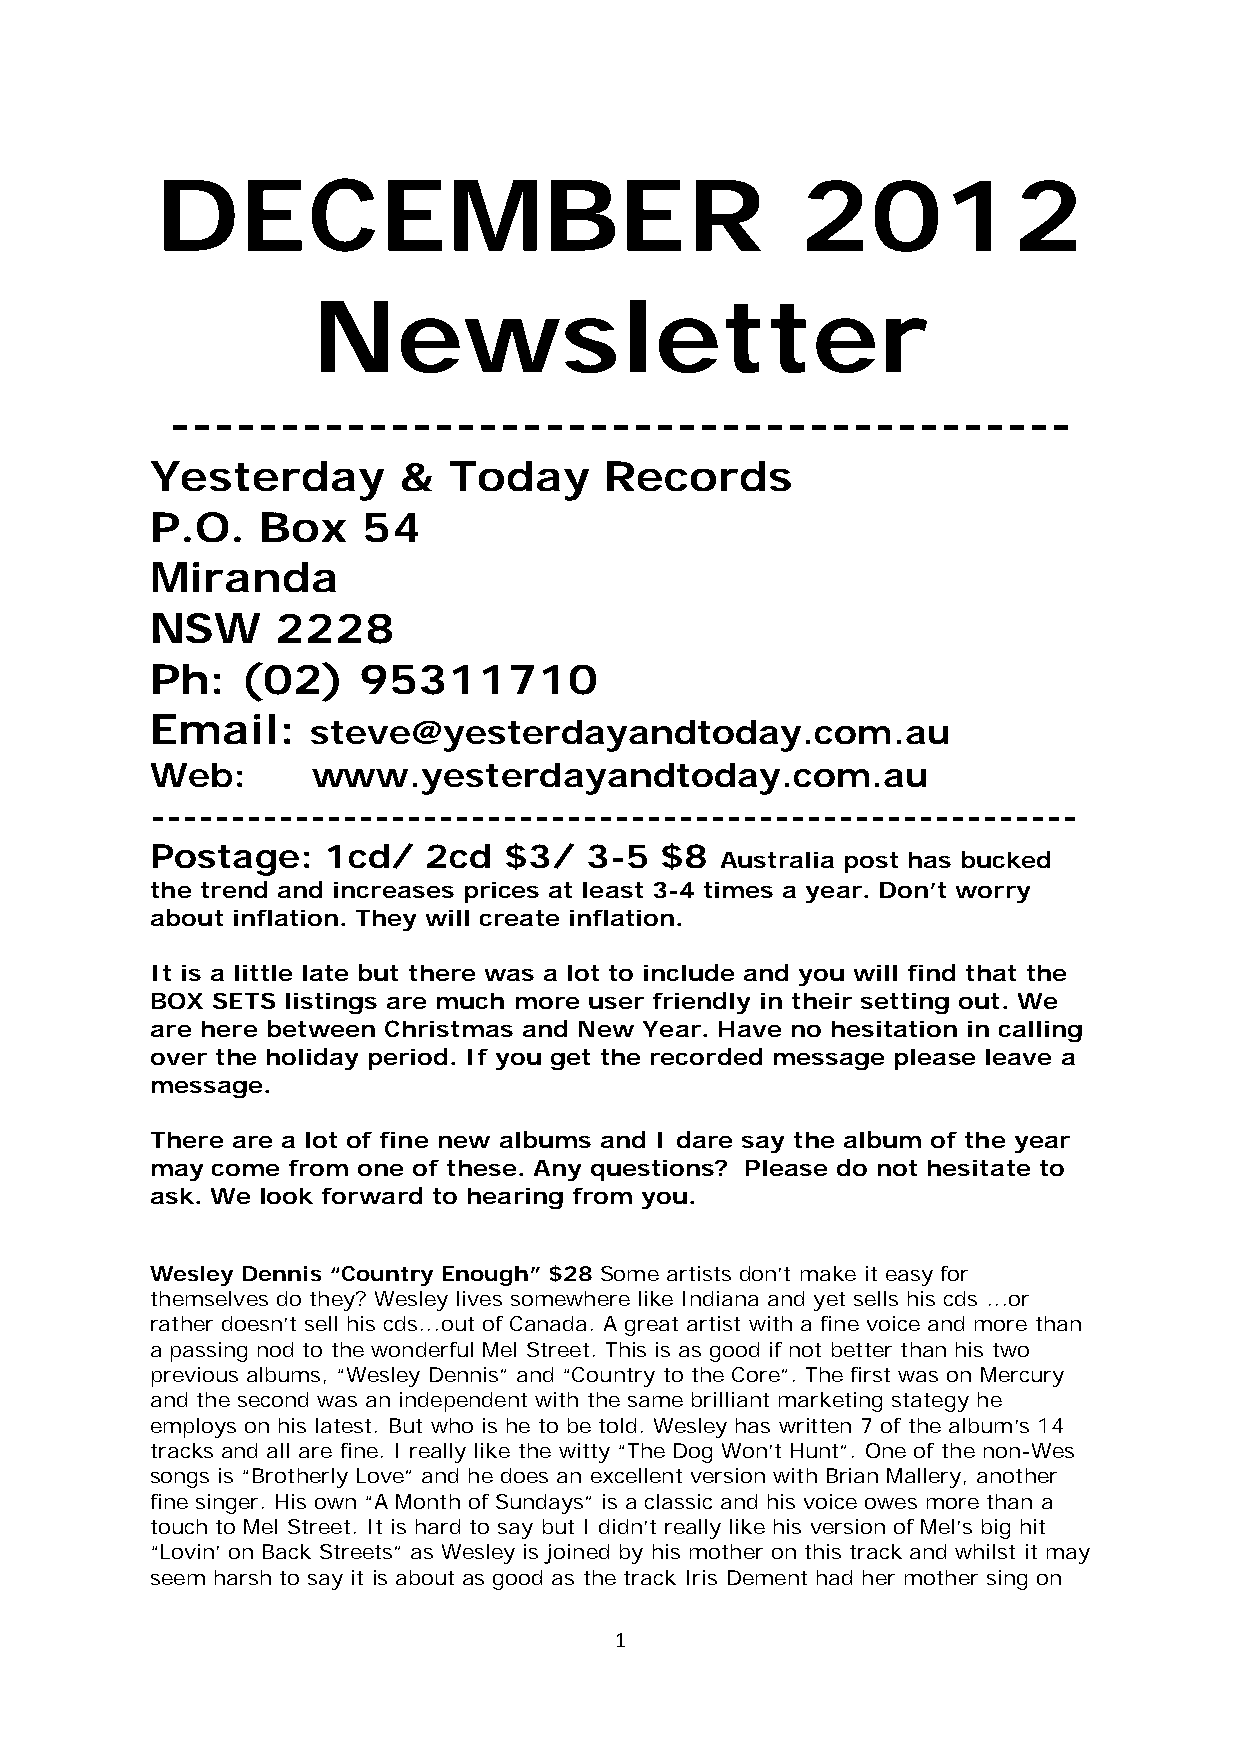
DECEMBER                                   2012
 Newsletter
 -----------------------------------------
 Yesterday       &   Today     Records
 P.O.   Box    54
 Miranda
 NSW     2228
 Ph:   (02)    95311710
 Email:     steve@yesterdayandtoday.com.au
 Web:       www.yesterdayandtoday.com.au
 ----------------------------------------------------------
 Postage:    1cd/  2cd  $3/   3-5  $8
 Australia post has bucked
 the trend and increases prices at least 3-4 times a year. Don’t worry
 about inflation. They will create inflation.
 It is a little late but there was a lot to include and you will find that the
 BOX SETS listings are much more user friendly in their setting out. We
 are here between Christmas and New Year. Have no hesitation in calling
 over the holiday period. If you get the recorded message please leave a
 message.
 There are a lot of fine new albums and I dare say the album of the year
 may come from one of these. Any questions? Please do not hesitate to
 ask. We look forward to hearing from you.
 Wesley Dennis “Country Enough” $28 Some artists don’t make it easy for
 themselves do they? Wesley lives somewhere like Indiana and yet sells his cds ...or
 rather doesn’t sell his cds...out of Canada. A great artist with a fine voice and more than
 a passing nod to the wonderful Mel Street. This is as good if not better than his two
 previous albums, “Wesley Dennis” and “Country to the Core”. The first was on Mercury
 and the second was an independent with the same brilliant marketing stategy he
 employs on his latest. But who is he to be told. Wesley has written 7 of the album’s 14
 tracks and all are fine. I really like the witty “The Dog Won’t Hunt”. One of the non-Wes
 songs is “Brotherly Love” and he does an excellent version with Brian Mallery, another
 fine singer. His own “A Month of Sundays” is a classic and his voice owes more than a
 touch to Mel Street. It is hard to say but I didn’t really like his version of Mel’s big hit
 “Lovin’ on Back Streets” as Wesley is joined by his mother on this track and whilst it may
 seem harsh to say it is about as good as the track Iris Dement had her mother sing on
 1